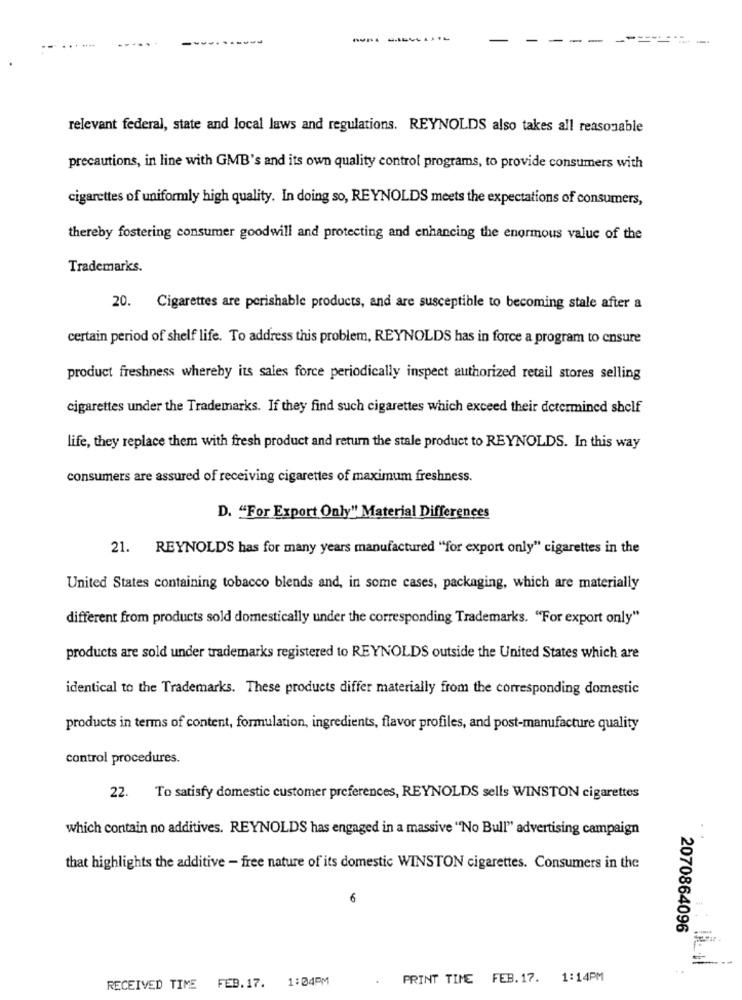
-
-
-
relevant federal, state and local laws and regulations. REYNOLDS also takes all reasonable
precautions, in line with GMB's and its own quality control programs, to provide consumers with
cigarettes of uniformly high quality. In doing so, REYNOLDS meets the expectations of consumers,
thereby fostering consumer goodwill and protecting and enhancing the enormous value of the
Trademarks.
20.
Cigarettes are perishable products, and are susceptible to becoming stale after a
certain period of shelf life. To address this problem, REYNOLDS has in force a program to ensure
product freshness whereby its sales force periodically inspect authorized retail stores selling
cigarettes under the Trademarks. If they find such cigarettes which exceed their determined shelf
life, they replace them with fresh product and return the stale product to REYNOLDS. In this way
consumers are assured of receiving cigarettes of maximum freshness.
D. "For Export Only" Material Differences
21. REYNOLDS has for many years manufactured "for export only" cigarettes in the
United States containing tobacco blends and, in some cases, packaging, which are materially
different from products sold domestically under the corresponding Trademarks. "For export only"
products are sold under trademarks registered to REYNOLDS outside the United States which are
identical to the Trademarks. These products differ materially from the corresponding domestic
products in terms of content, formulation, ingredients, flavor profiles, and post-manufacture quality
control procedures.
22. To satisfy domestic customer preferences, REYNOLDS sells WINSTON cigarettes
which contain no additives. REYNOLDS has engaged in a massive "No Bull" advertising campaign
. .
that highlights the additive - free nature of its domestic WINSTON cigarettes. Consumers in the
6
2070864096
1:04PM
PRINT TIME FEB. 17. 1:14PM
RECEIVED TIME FEB.17.